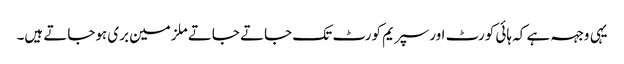
یہی وجہہ ہے کہ ہائی کورٹ اورسپریم کورٹ تک جاتے جاتے ملزمین بری ہوجاتے ہیں۔